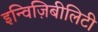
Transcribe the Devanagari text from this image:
इन्विज़िबीलिटी